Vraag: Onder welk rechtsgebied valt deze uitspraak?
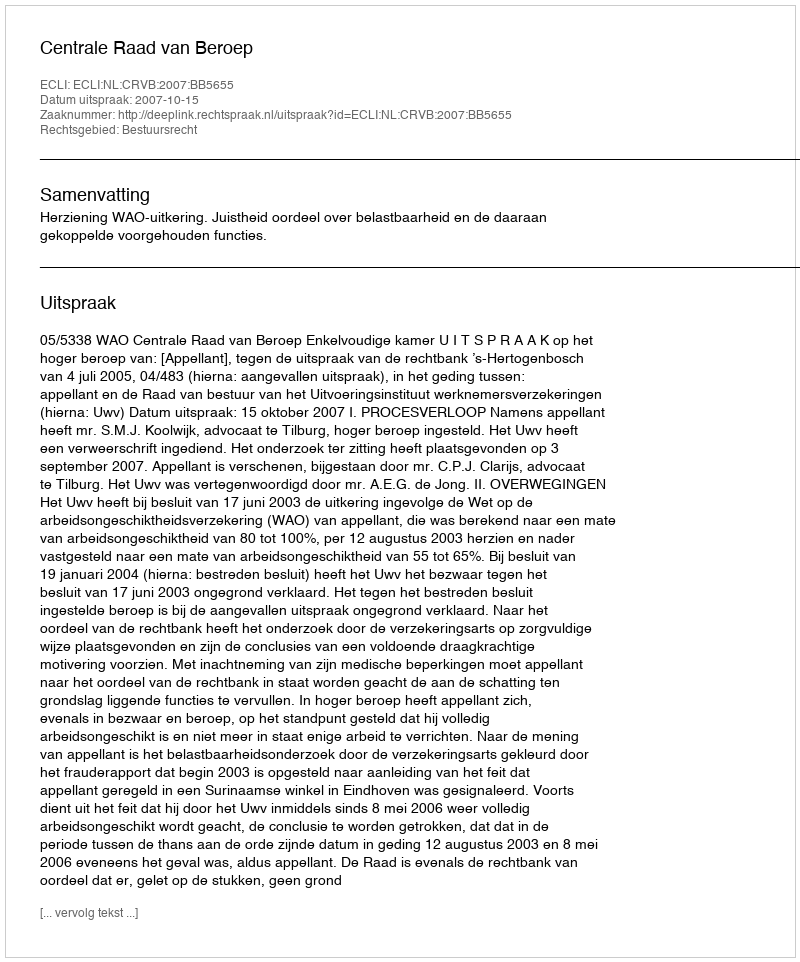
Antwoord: Bestuursrecht